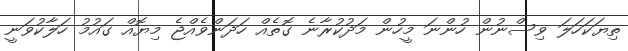
ތިޔަކަހަލަ ވިސްނުން ހުންނަ މީހުން މަދުކުރާނެ ގޮތެއް ހަދަންވެއްޖެ މިޔޮއް ގައުމު ހަލާކުވަނީ